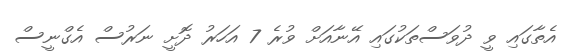
އެތާގައި ވީ ދުވަސްތަކުގައި އޭނާއަށް ވުރެ 7 އަހަރު ދޮށީ ނަރުސް އެގްނީސް